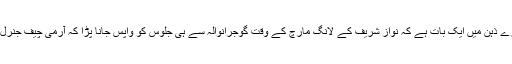
اس کے علاوہ بھی میرے ذہن میں ایک بات ہے کہ نواز شریف کے لانگ مارچ کے وقت گوجرانوالہ سے ہی جلوس کو واپس جانا پڑا کہ آرمی چیف جنرل کیانی نے مداخلت کی۔